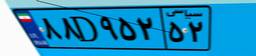
۸۴D۸۱۵۴۰